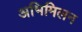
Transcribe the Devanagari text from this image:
अभिमिलन